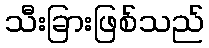
သီးခြားဖြစ်သည်